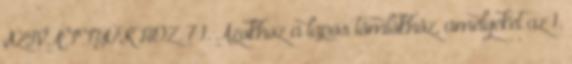
SZIVATTYÚKHOZ. 7.1. Azokhoz a lapos tömlõkhöz, amelyeket az 1.